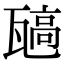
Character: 𬎯